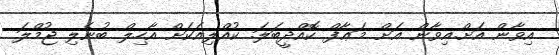
އިވާން އަށް.އިވާން އަށް މަޢާފް ކޮއްދީބަލަ. ކުއްލިއަކަށް އާހިލް ބުނެލި ޖުމްލަ